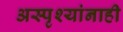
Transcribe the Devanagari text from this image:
अस्पृश्यांनाही